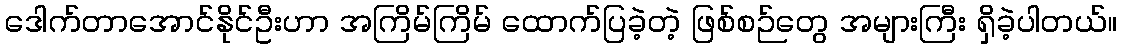
ဒေါက်တာအောင်နိုင်ဦးဟာ အကြိမ်ကြိမ် ထောက်ပြခဲ့တဲ့ ဖြစ်စဉ်တွေ အများကြီး ရှိခဲ့ပါတယ်။